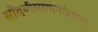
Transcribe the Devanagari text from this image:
सौंदर्यप्रसाधनांप्रमाणेच